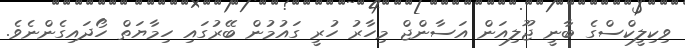
ވިކިލީކްސްގެ ބާނީ ޖޫލިއަން އަސާންޖް މިހާރު ހުރީ ގައުމުން ބޭރުގައި ހިމާޔަތް ހޯދައިގެންނެވެ.